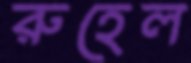
রুহেল